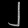
Digit: ၂